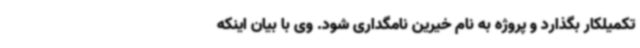
تکمیلکار بگذارد و پروژه به نام خیرین نامگداری شود. وی با بیان اینکه